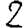
Digit: 2